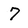
Character: 7